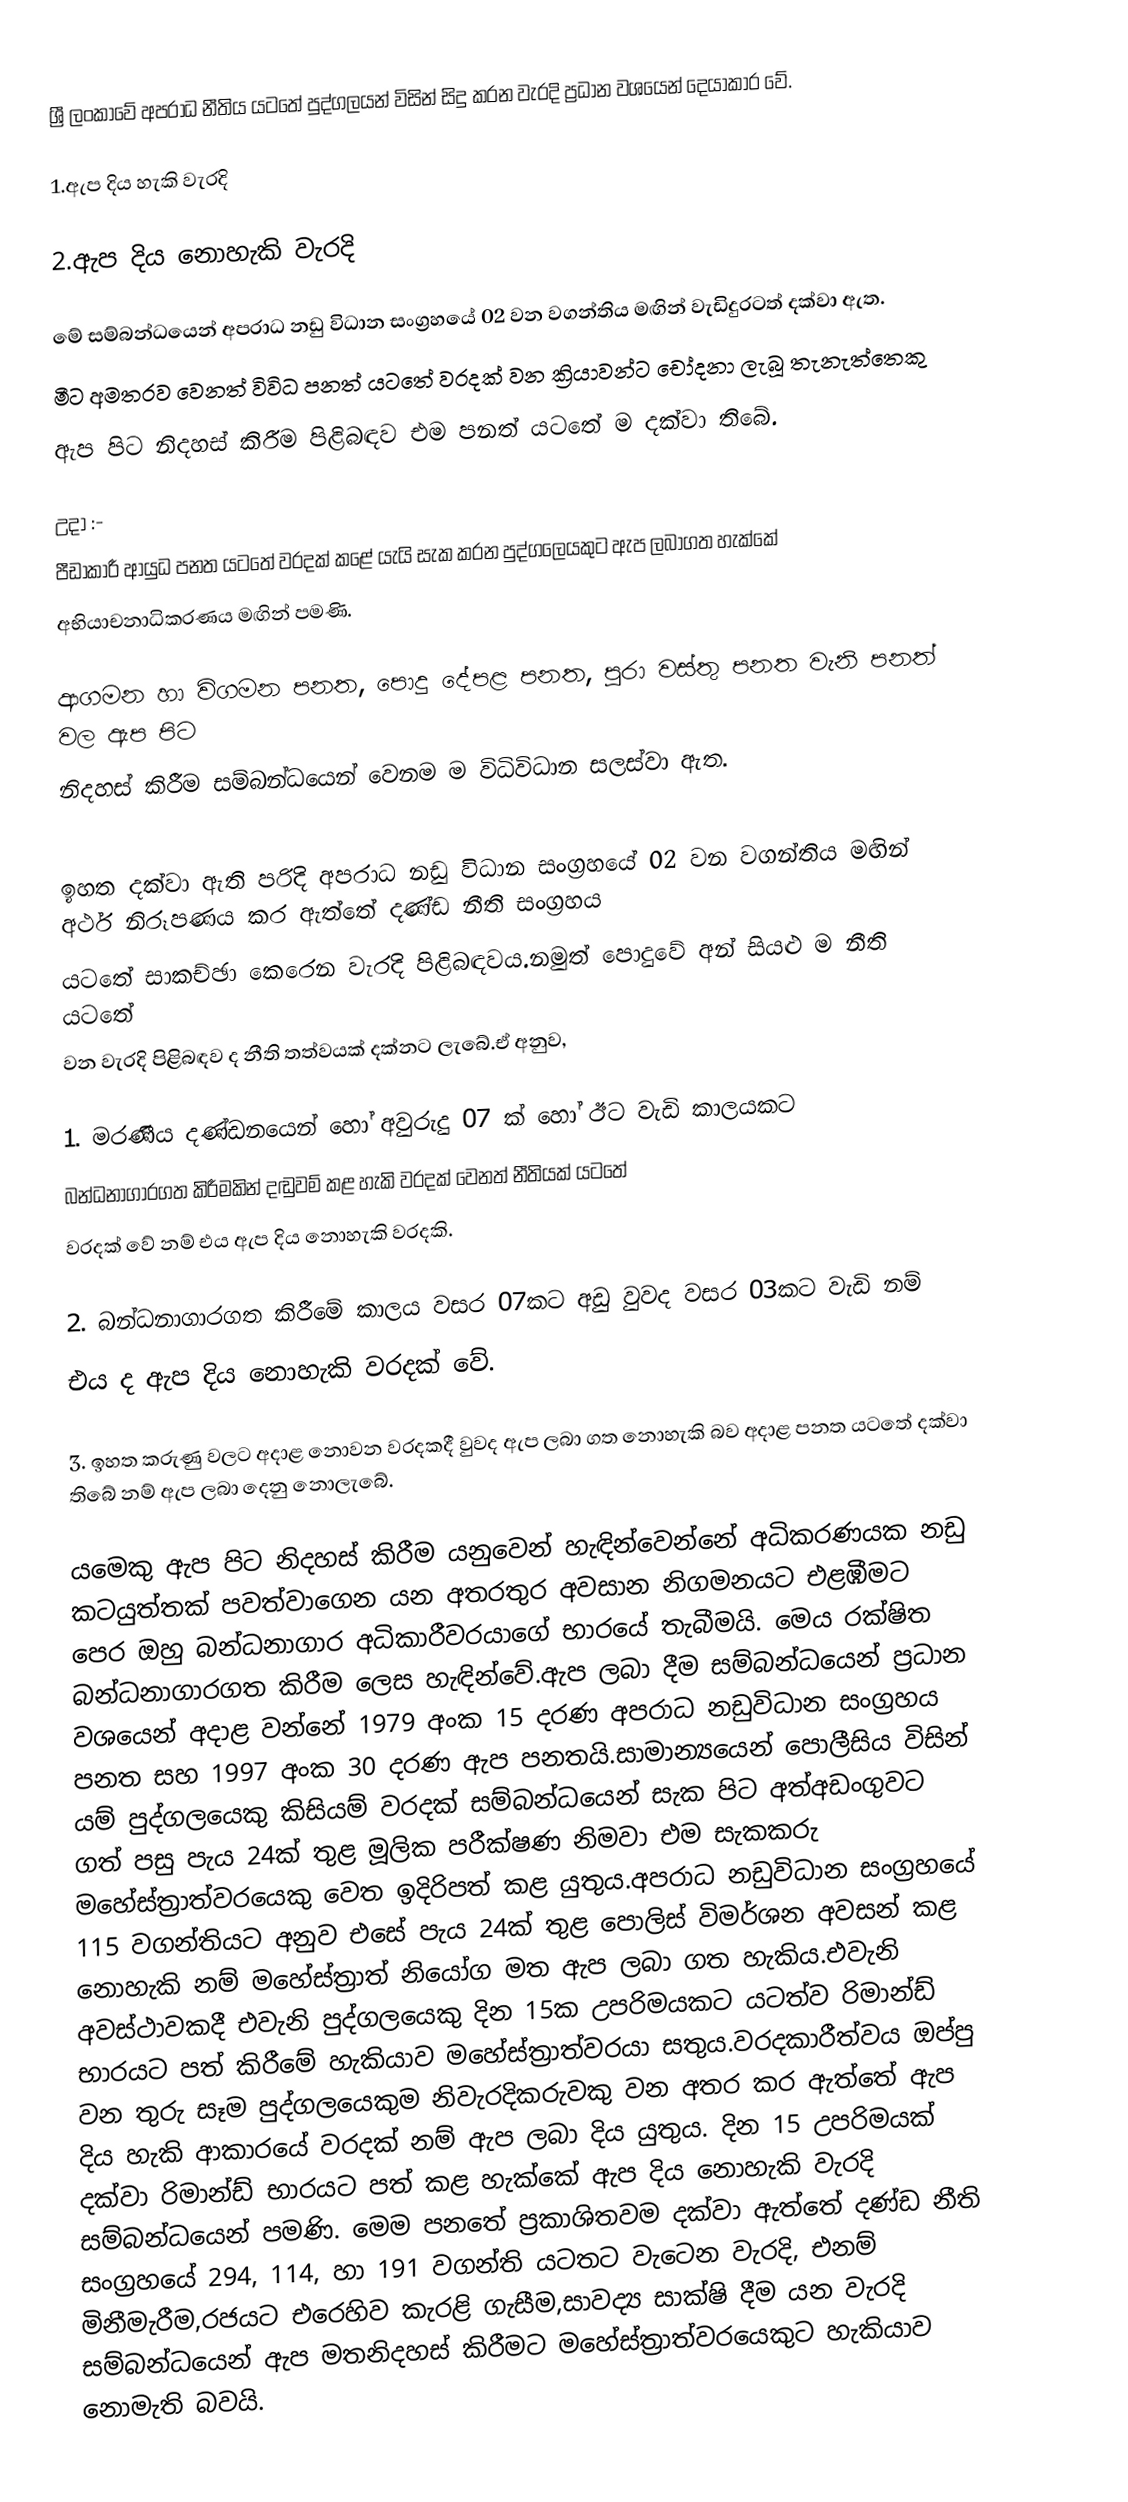
ශ්‍රී ලංකාවේ අපරාධ නීතිය යටතේ පුද්ගලයන් විසින් සිදු කරන වැරදි ප්‍රධාන වශයෙන් දෙයාකාර වේ.

1.ඇප දිය හැකි වැරදි

2.ඇප දිය නොහැකි වැරදි

මේ සම්බන්ධයෙන් අපරාධ නඩු විධාන සංග්‍රහයේ 02 වන වගන්තිය මඟින් වැඩිදුරටත් දක්වා ඇත.
මීට අමතරව වෙනත් විවිධ පනත් යටතේ වරදක් වන ක්‍රියාවන්ට චෝදනා ලැබූ තැනැත්තෙකු
ඇප පිට නිදහස් කිරීම පිළිබඳව එම පනත් යටතේ ම දක්වා ති‍බේ.

උදා :-
පීඩාකාරී ආයුධ පනත යටතේ වරදක් කළේ යැයි සැක කරන පුද්ගලෙයකුට ඇප ලබාගත හැක්කේ
අභියාචනාධිකරණය මඟින් පමණි.

ආගමන හා විගමන පනත, පොදු දේපළ පනත, පුරා වස්තු පනත වැනි පනත් වල ඇප පිට
නිදහස් කිරීම සම්බන්ධයෙන් වෙනම ම විධිවිධාන සලස්වා ඇත.

ඉහත දක්වා ඇති පරිදි අපරාධ නඩු විධාන     සංග්‍රහයේ 02 වන වගන්තිය මඟින් අර්ථ නිරූපණය කර ඇත්තේ දණ්ඩ නීති සංග්‍රහය
යටතේ සාකච්ඡා කෙරෙන වැරදි පිළිබඳවය.නමුත් පොදුවේ අන් සියළු ම නීති යටතේ
වන වැරදි පිළිබඳව ද නීති තත්වයක් දක්නට ලැබේ.ඒ අනුව,

1. මරණීය දණ්ඩනයෙන් හෝ අවුරුදු 07 ක් හෝ ඊට වැඩි කාලයකට
බන්ධනාගාරගත කිරීමකින් දඬුවම් කළ හැකි වරදක් වෙනත් නීතියක් යටතේ
වරදක් වේ නම් එය ඇප දිය නොහැකි වරදකි.

2. බන්ධනාගාරගත කිරීමේ කාලය වසර 07කට අඩු වුවද වසර 03කට වැඩි නම්
එය ද ඇප දිය නොහැකි වරදක් වේ.

3. ඉහත කරුණු වලට අදාළ නොවන වරදකදී වුවද ඇප ලබා ගත නොහැකි බව අදාළ පනත යටතේ දක්වා තිබේ නම් ඇප ලබා  දෙනු නොලැබේ.

යමෙකු ඇප පිට නිදහස් කිරීම යනුවෙන් හැඳින්වෙන්නේ අධිකරණයක නඩු කටයුත්තක් පවත්වාගෙන යන අතරතුර අවසාන නිගමනයට එළඹීමට පෙර ඔහු බන්ධනාගාර අධිකාරීවරයාගේ භාරයේ තැබීමයි. මෙය රක්ෂිත බන්ධනාගාරගත කිරීම ලෙස හැඳින්වේ.ඇප ලබා දීම සම්බන්ධයෙන් ප්‍රධාන වශයෙන් අදාළ වන්නේ 1979 අංක 15 දරණ අපරාධ නඩුවිධාන සංග්‍රහය පනත සහ 1997 අංක 30 දරණ ඇප පනතයි.සාමාන්‍යයෙන් පොලීසිය විසින් යම් පුද්ගලයෙකු කිසියම් වරදක් සම්බන්ධයෙන් සැක පිට අත්අඩංගුවට ගත් පසු පැය 24ක් තුළ මූලික පරීක්ෂණ නිමවා එම සැකකරු මහේස්ත්‍රාත්වරයෙකු වෙත ඉදිරිපත් කළ යුතුය.අපරාධ නඩුවිධාන සංග්‍රහ‍යේ 115 වගන්තියට අනුව එසේ පැය 24ක් තුළ ‍පොලිස් විමර්ශන අවසන් කළ නොහැකි නම් මහේස්ත්‍රාත් නියෝග මත ඇප ලබා ගත හැකිය.එවැනි අවස්ථාවකදී එවැනි පුද්ගලයෙකු දින 15ක උපරිමයකට යටත්ව රිමාන්ඩ් භාරයට පත් කිරීමේ හැකියාව මහේස්ත්‍රාත්වරයා සතුය.වරදකාරීත්වය ඔප්පු වන තුරු සෑම පුද්ගලයෙකුම නිවැරදිකරුවකු වන අතර කර ඇත්තේ ඇප දිය හැකි ආකාරයේ වරදක් නම් ඇප ලබා දිය යුතුය. දින 15 උපරිමයක් දක්වා රිමාන්ඩ් භාරයට පත් කළ හැක්කේ ඇප දිය නොහැකි වැරදි සම්බන්ධයෙන් පමණි. මෙම පනතේ ප්‍රකාශිතවම දක්වා ඇත්තේ දණ්ඩ නීති සංග්‍රහයේ 294, 114, හා 191 වගන්ති යටතට වැටෙන වැරදි, එනම් මිනීමැරීම,රජයට එරෙහිව කැරළි ගැසීම,සාවද්‍ය සාක්ෂි දීම යන වැරදි සම්බන්ධයෙන් ඇප මතනිදහස් කිරීමට මහේස්ත්‍රාත්වරයෙකුට හැකියාව නොමැති බවයි.